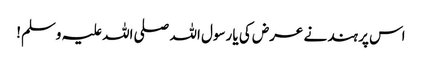
اس پر ہند نے عرض کی یا رسول اللہ صلی اللہ علیہ وسلم!